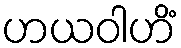
ဟယဝါဟိံ